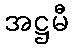
အဋ္ဌမီ